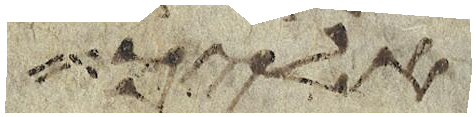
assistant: אליך